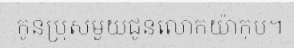
កូនប្រុសមួយជូនលោកយ៉ាកុប។